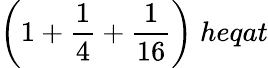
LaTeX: {\bigg(}1+{\frac{1}{4}}+{\frac{1}{16}}{\bigg)}\; heqat